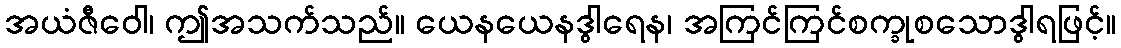
အယံဇီဝေါ၊ ဤအသက်သည်။ ယေနယေနဒွါရေန၊ အကြင်ကြင်စက္ခုစသောဒွါရဖြင့်။